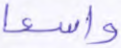
واسعا